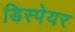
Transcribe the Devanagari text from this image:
डिस्पेयर